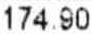
174.90